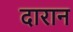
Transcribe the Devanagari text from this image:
दारान